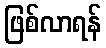
ဖြစ်လာရန်